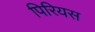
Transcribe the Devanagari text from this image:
पिरियस